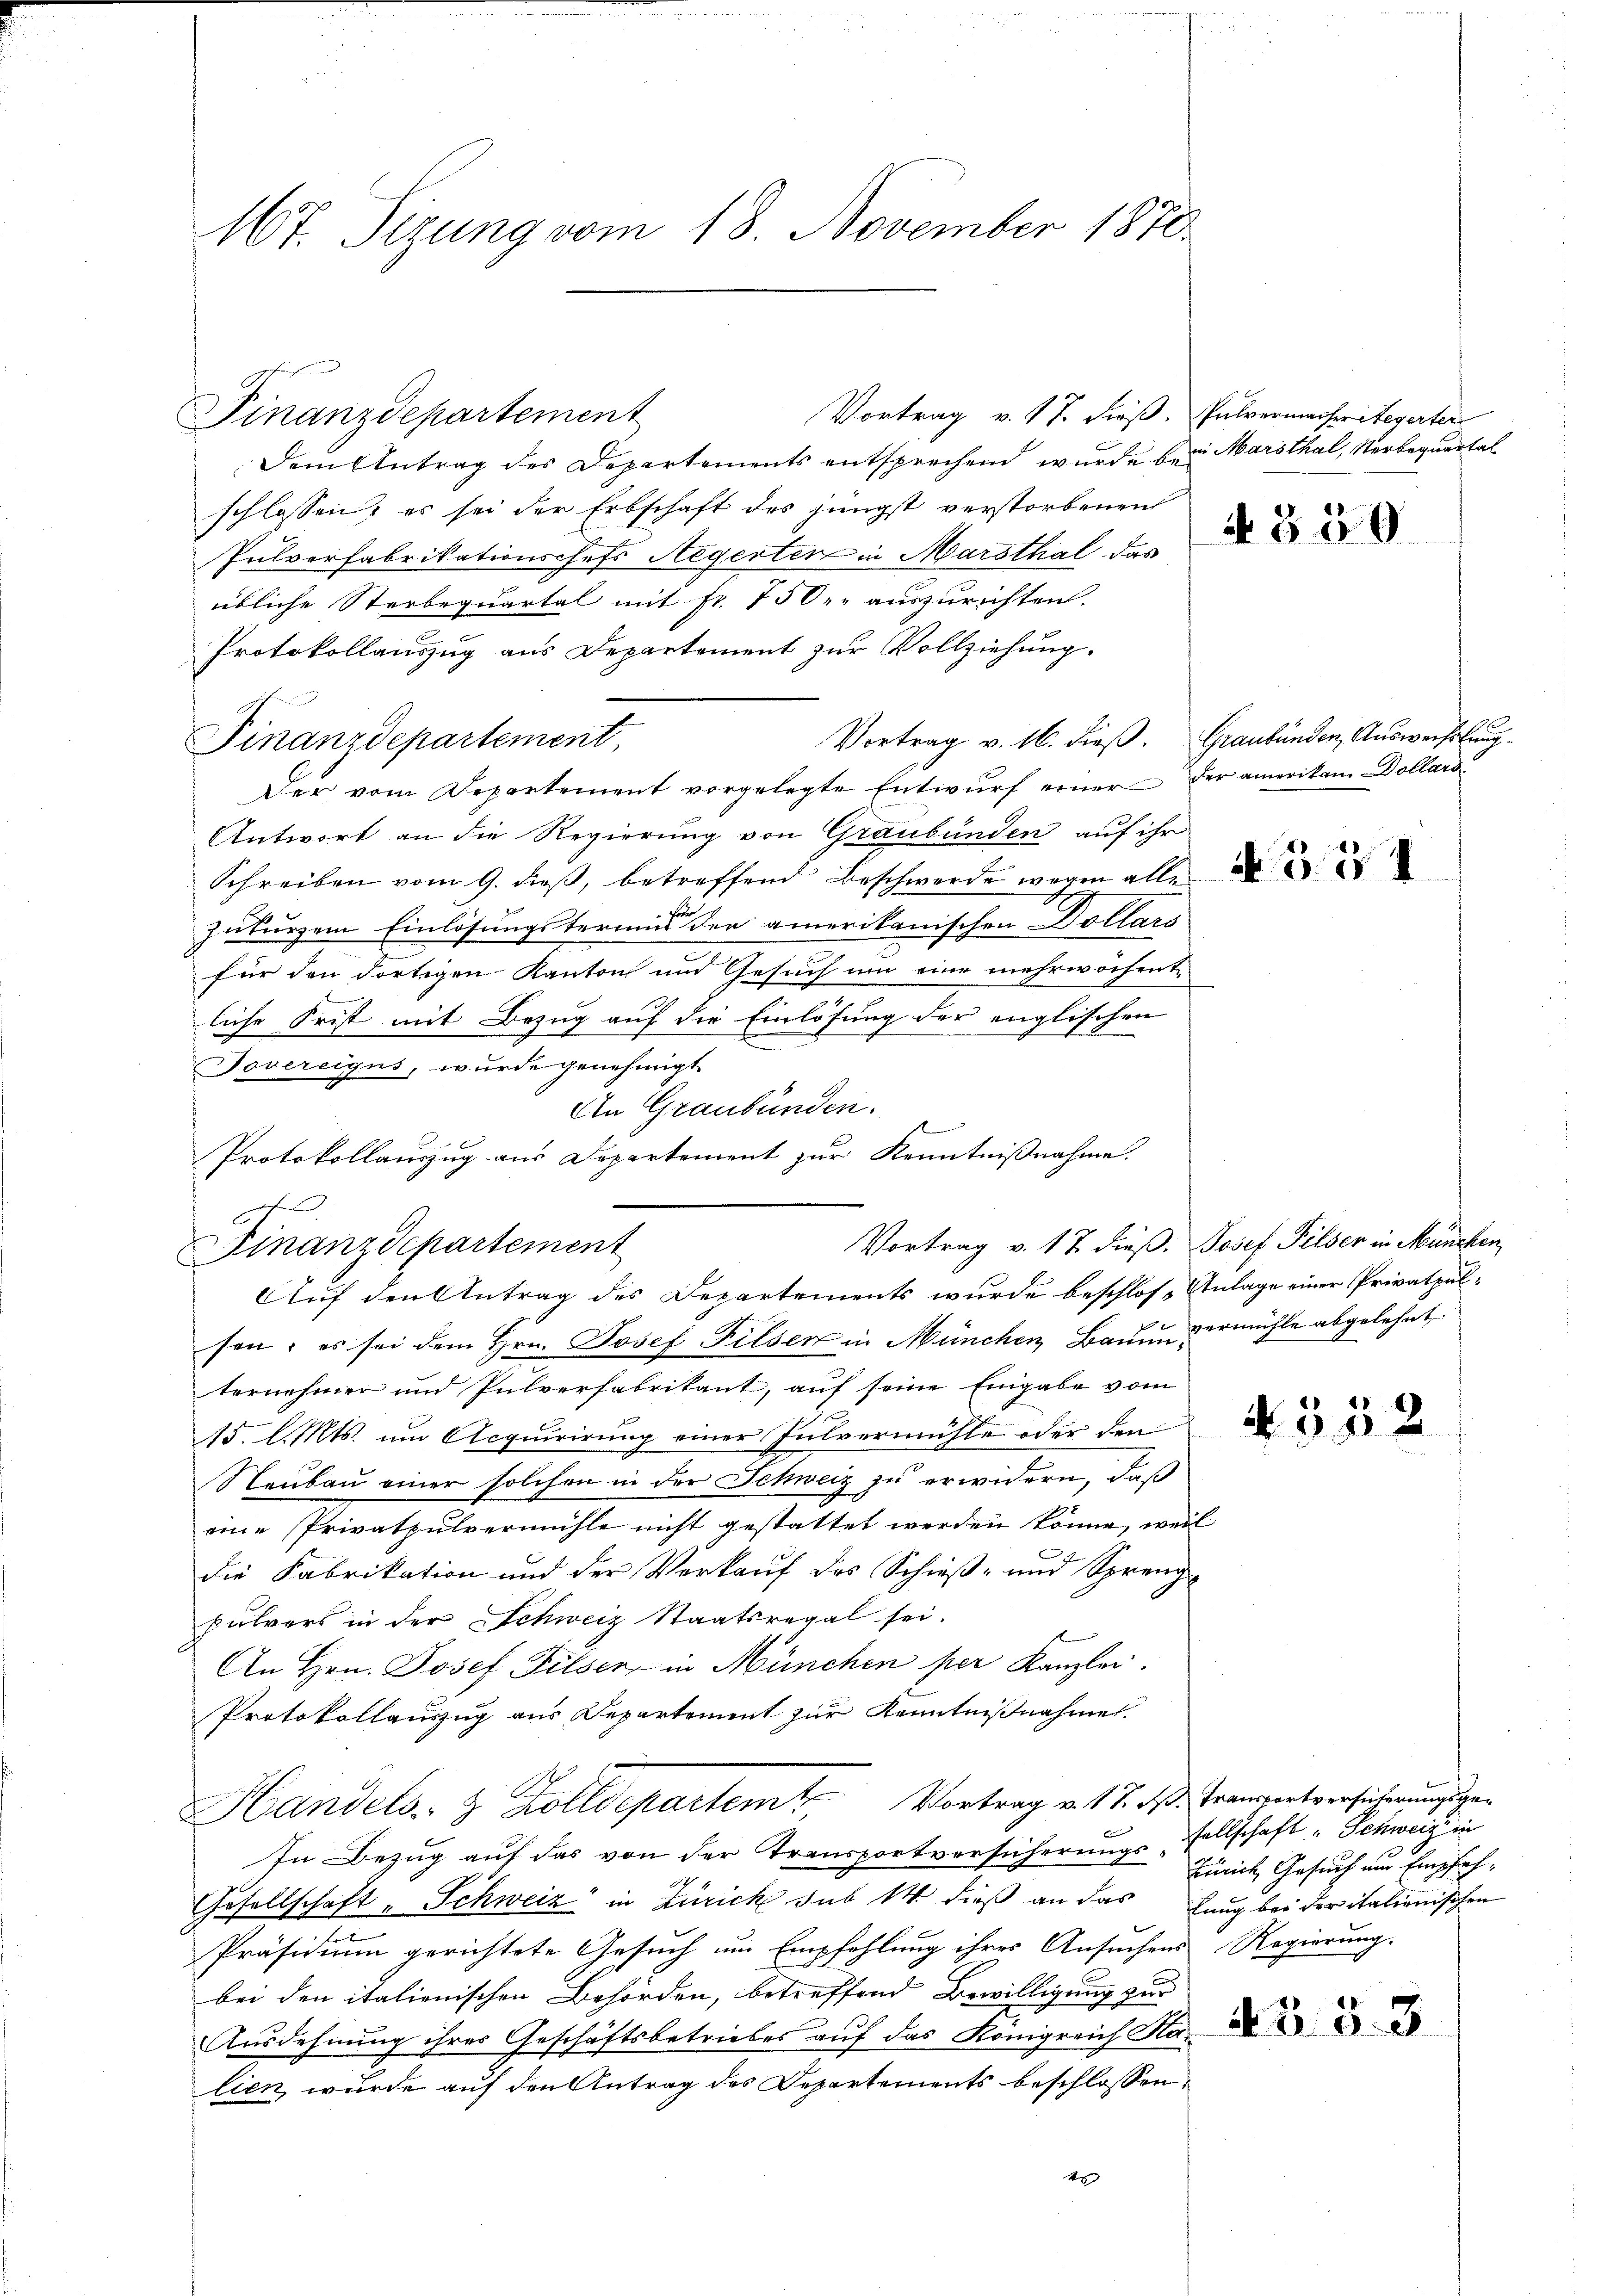
167. Sizung vom 18. November 1870.

Finanzdepartement

fede
Finanzdepartement

Dem Antrag des Departements entsprechend wurde bei Marsthal, Verbequartal
schlossen, es sei der Erbschaft des jüngst verstorbenen
Pulverfabrikationschefs Negerten in Marsthal das
übliche Sterbequartal mit fr. 750.- auszurichten.
Protokollauszug aus Departement zur Vollziehung.
Finanzdepartement,
Der vom Departement vorgelegte Entwurf einer der amerikan Dollars¬
Antwort an die Regierung von Graubünden auf ihr
Schreiben vom 9. dieß, betreffend Beschwerde wegen alle
zuturzem Einlösungstermins der amerikanischen Dollars
für den dortigen Kanton und Gesuch um eine mehrwöchente
liche Frist mit Bezug auf die Einlösung der englischen
Tovereigus, wurde genehmigt
sen; es sei dem Hrn. Josef Filsen in München Bau in vermühle abgelehnt
ternehmer und Pulverfabrikant, auf seine Eingabe vom
15. d. Mts. um Acquirirung einer Pulvermühle oder den
Neubau einer solchen in der Schweiz zu erwidern, daß
eine Privatpulvermühle nicht gestattet werden könne, weil
die Fabrikation und der Verkauf des Schieß- und Sprengpulvers in der Schweiz Staatsregal sei.
An Hrn. Josef Felser in München per Kanzlei.
Protokollauszug aus Departement zur Kenntnißnahmen.
Handels. z. Kolldepartem Vortrag v. 17. ds. Franzortversicherungsger
f
In Bezug auf das von der Transportversicherungs sellschaft - Schweiz in
Gesellschaft, Schweiz in Zürich sub 14. dieß an das Haug bei der italienischen
e
Präsidium gerichtete Gesuch um Empfehlung ihres Ansuchens Regierung.
bei den italienischen Behörden, betreffend Bewilligung zur
Ausdehnung ihres Geschäftsbetriebes auf das Königreich Halien wurde auf den Antrag des Departements beschlossen,
4

An Graubünden.
Protokollauszug aus Departement zur Kenntnißnahme.
Vortrag v. 17 dieß. Josef Pilser in München,
Auf den Antrag des Departements wurde beschlos, Anlage einer Privatpul¬

Vortrag v. 17. dieß. Pulvermacher Stegerter

4850

Vortrag v. 16. dieß. Graubünden, Auswechslung

N 351

N 552

Zürich Gesuch um Empfeh¬

4358